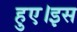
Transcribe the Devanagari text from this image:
हुए।इस